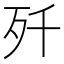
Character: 歼